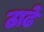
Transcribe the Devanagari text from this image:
ठाढे